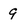
Character: 9